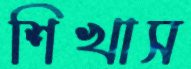
শিখাস